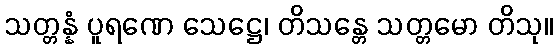
သတ္တန္နံ ပူရဏေ သေဋ္ဌေ၊ တိသန္တေ သတ္တမော တိသု။